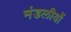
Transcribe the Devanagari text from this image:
मंडलीयों